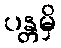
ပန္တမှိ